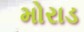
મોરાડ